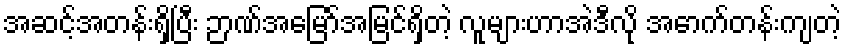
အဆင့်အတန်းရှိပြီး ဉာဏ်အမြော်အမြင်ရှိတဲ့ လူများဟာအဲဒီလို အောက်တန်းကျတဲ့